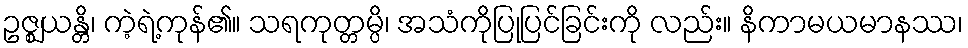
ဥဇ္ဈယန္တိ၊ ကဲ့ရဲ့ကုန်၏။ သရကုတ္တမ္ပိ၊ အသံကိုပြုပြင်ခြင်းကို လည်း။ နိကာမယမာနဿ၊